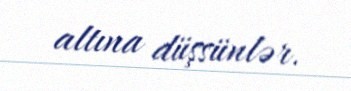
altına düşsünlər.